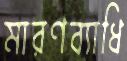
মারণব্যাধি